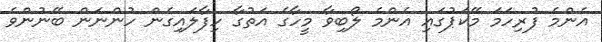
އެންމެ ފުރިހަަމަ މޭކަޕުގައި އެންމެ ލޯބިވާ މީހާގެ އަތުގާ ހިފާލައިގެން ހުންނަން ބޭނުންވެ